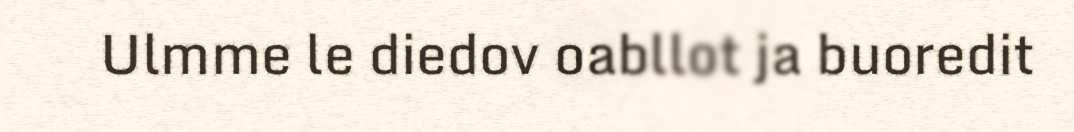
Ulmme le diedov oabllot ja buoredit